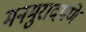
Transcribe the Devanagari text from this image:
मनमुरादपणे